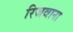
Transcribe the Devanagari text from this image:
रिजवाना